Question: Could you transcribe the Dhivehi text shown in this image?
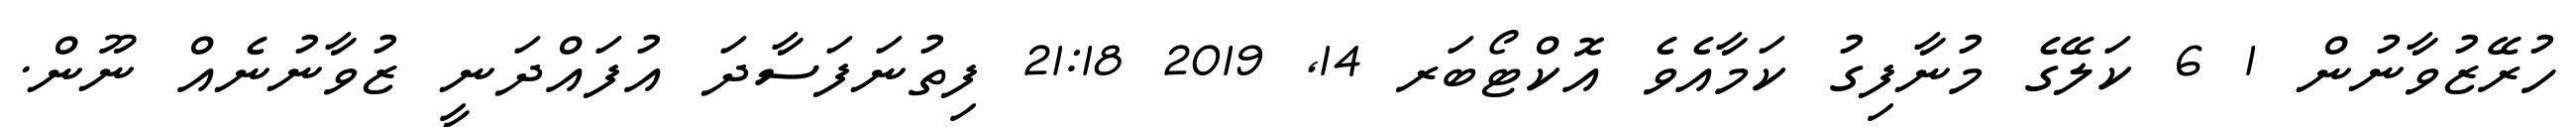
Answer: ހުރޭޒުވާނުން 1 6 ކަލޭގެ މުނާފިގު ކަމާއެވެ އޮކްޓޯބަރ 14, 2019 21:18 ފިތުނަފަސާދަ އުފައްދަނީ ޒުވާނުނެއް ނޫން.